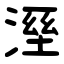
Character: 溼